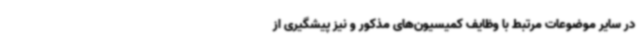
در سایر موضوعات مرتبط با وظایف کمیسیون‌های مذکور و نیز پیشگیری از